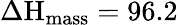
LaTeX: \Delta\textrm{H}_{\textrm{mass}}=96.2